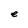
Character: e